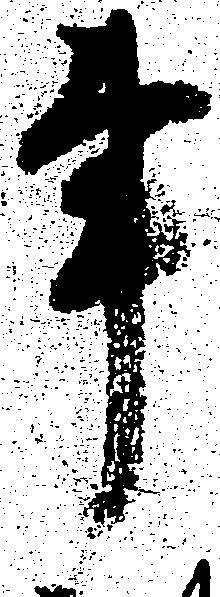
事